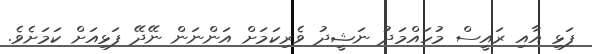
ފަޅި އާއި ރައީސް މުހައްމަދު ނަޝީދު ވެރިކަމަށް އަންނަން ނޭދޭ ފަޅިއަށް ކަމަށެވެ.